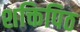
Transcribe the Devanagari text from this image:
शक्तिपिठ